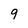
Character: 9